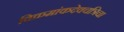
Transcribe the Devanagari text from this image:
विक्रमांकदेवचत्रिचा